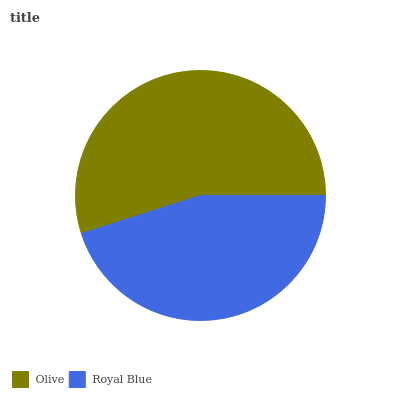
| Olive | Royal Blue |
 | --- | --- |
 | 54.9% | 45.1% |